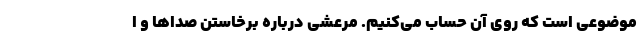
موضوعی است که روی آن حساب می‌کنیم. مرعشی درباره برخاستن صداها و ا